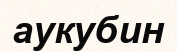
аукубин